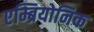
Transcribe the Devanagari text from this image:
एम्ब्रियोनिक